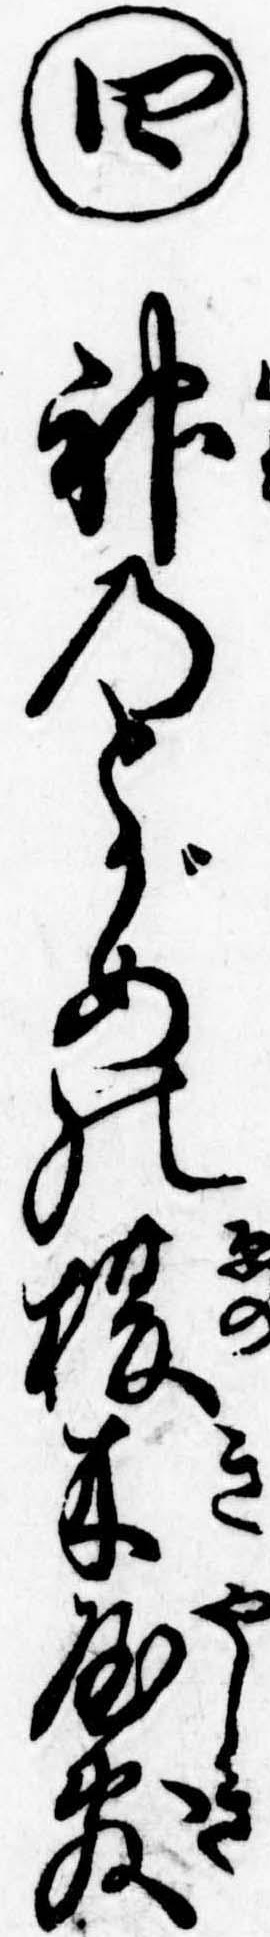
㊃神のとがめの榎木屋敷